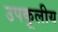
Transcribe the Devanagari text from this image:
उपकूलीय